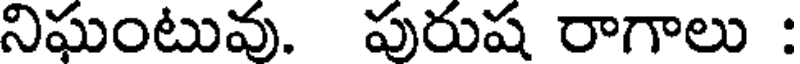
నిఘంటువు. పురుష రాగాలు :